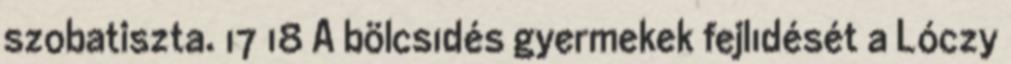
szobatiszta. 17 18 A bölcsıdés gyermekek fejlıdését a Lóczy